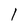
Character: l